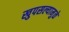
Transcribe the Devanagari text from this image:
खुपसल्यामुळे